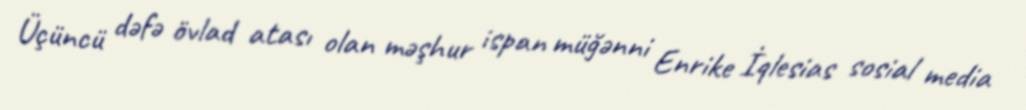
Üçüncü dəfə övlad atası olan məşhur ispan müğənni Enrike İqlesias sosial media